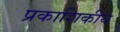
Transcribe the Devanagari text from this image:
प्रकाशिकीय